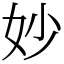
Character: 妙